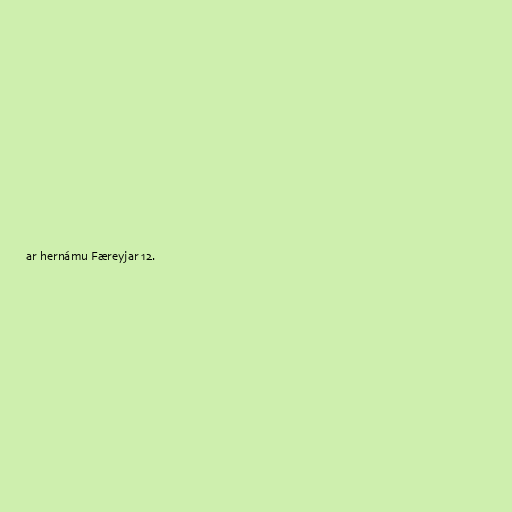
ar hernámu Færeyjar 12.